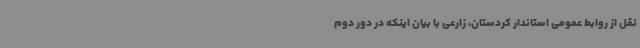
نقل از روابط عمومی استاندار کردستان، زارعی با بیان اینکه در دور دوم